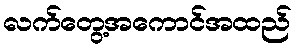
လက်တွေ့အကောင်အထည်